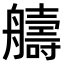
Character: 𫇠